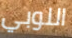
اللوبي